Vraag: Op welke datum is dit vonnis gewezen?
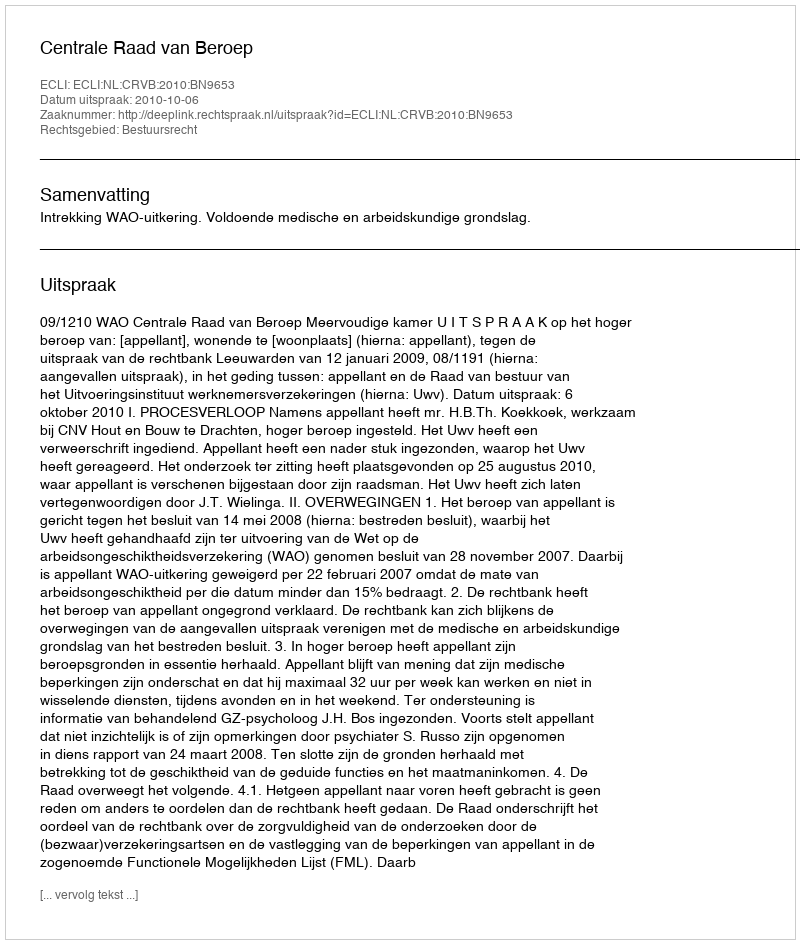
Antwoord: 2010-10-06